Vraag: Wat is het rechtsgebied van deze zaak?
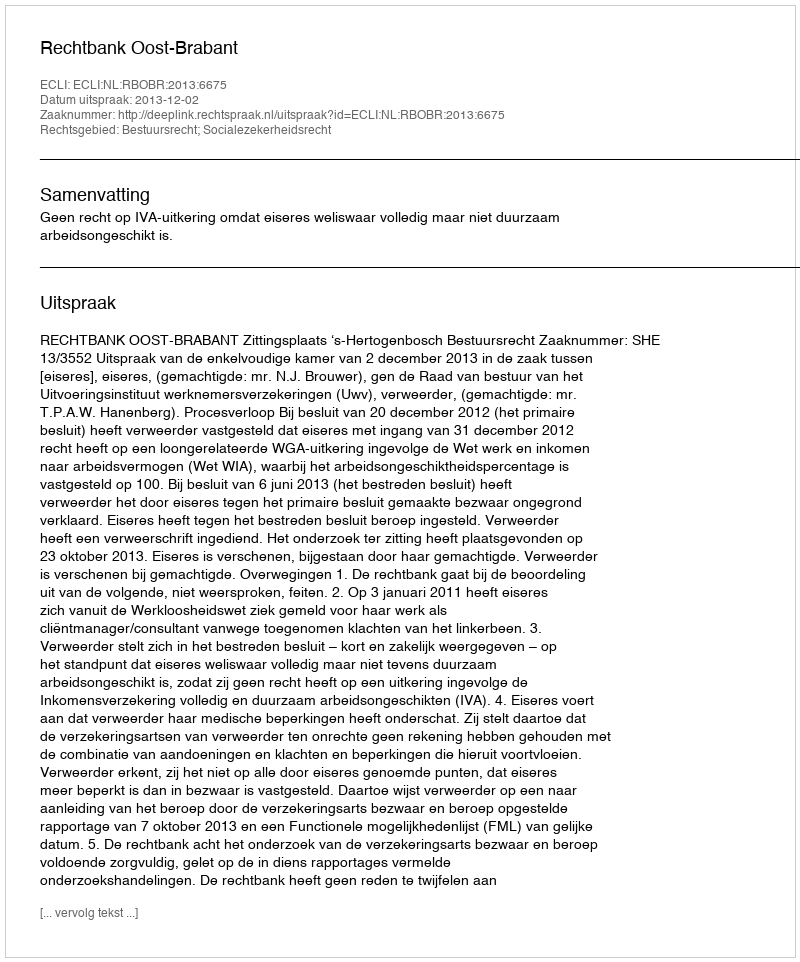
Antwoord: Bestuursrecht; Socialezekerheidsrecht